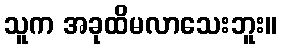
သူက အခုထိမလာသေးဘူး။